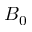
B _ { 0 }